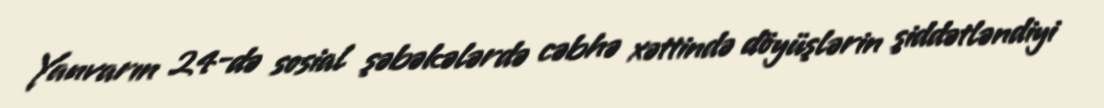
Yanvarın 24-də sosial şəbəkələrdə cəbhə xəttində döyüşlərin şiddətləndiyi